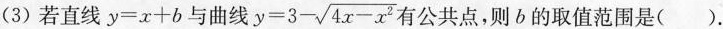
(3)若直线$$y=x+b$$与曲线 $$y=3- \sqrt{4x-x^{2}}$$ 有公共点，则b的取值范围是().